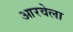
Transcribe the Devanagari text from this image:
आरवेला